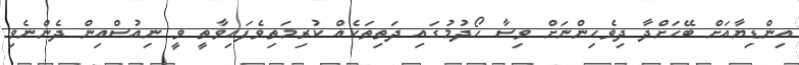
އިންޑިޔާއަށް ބޭހަށްދާ ދިވެހިންނަށް ވިސާ ހޯދުމުގައި ދަތިތަކެއް ކުރިމަތިވެފައިވާތީ ވީ ނިއުސްއިން ދެންނެވި